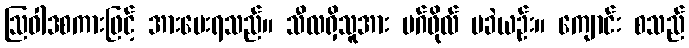
ဩဝါဒစကားဖြင့် အားပေးရသည်။ သီလရှိသူအား မဂ်ဖိုလ် မခဲယဉ်း။ ကျောင်း စသည်